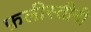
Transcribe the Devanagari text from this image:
फ़लीस्तीनी